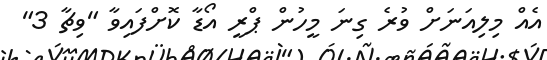
އެއް މިލިއަނަށް ވުރެ ގިނަ މީހުން ޕްރީ އޯޑާ ކޮށްފައިވާ "ވިޗާ 3"